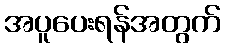
အပူပေးရန်အတွက်